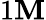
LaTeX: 1\mathbf{M}